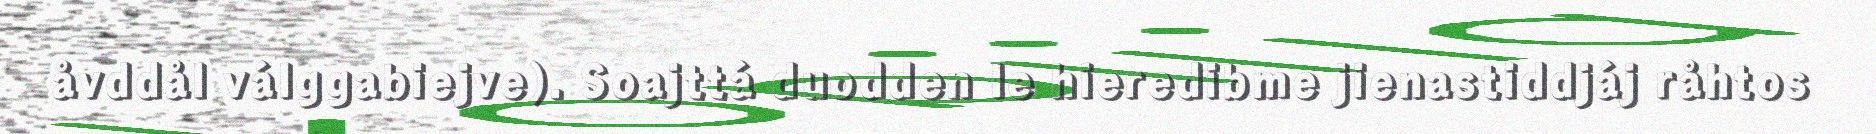
åvddål válggabiejve). Soajttá duodden le hieredibme jienastiddjáj råhtos